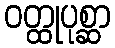
ဝတ္ထုပုစ္ဆာ